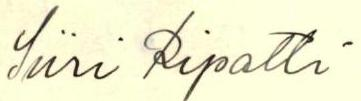
Siiri Ripatti